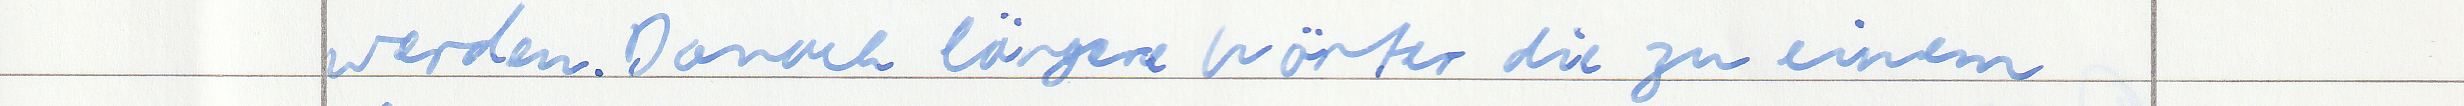
werden. Danach längere Wörter die zu einem